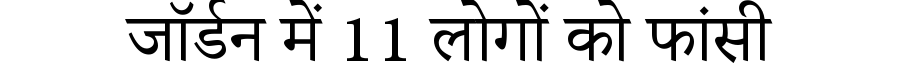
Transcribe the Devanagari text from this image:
जॉर्डन में 11 लोगों को फांसी